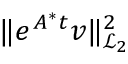
\| e ^ { \b { A } ^ { * } t } \b { v } \| _ { \mathcal { L } _ { 2 } } ^ { 2 }